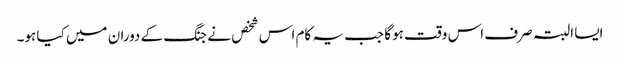
ایسا البتہ صرف اس وقت ہوگا جب یہ کام اس شخص نے جنگ کے دوران میں کیا ہو۔